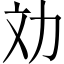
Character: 𠠼